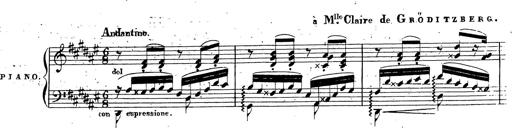
Title: Canzone Napolitana
Composer: Franz Liszt